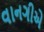
વાનગીએ